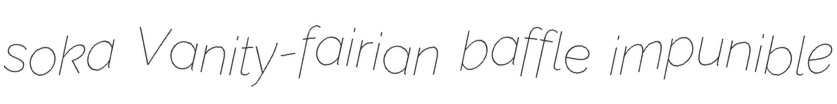
soka Vanity-fairian baffle impunible